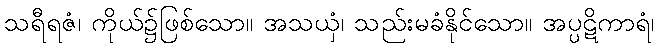
သရီရဇံ၊ ကိုယ်၌ဖြစ်သော။ အသယှံ၊ သည်းမခံနိုင်သော။ အပ္ပဋိကာရံ၊